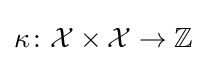
\kappa \colon {\mathcal {X}}\times {\mathcal {X}}\to \mathbb {Z}